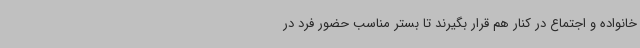
خانواده و اجتماع در کنار هم قرار بگیرند تا بستر مناسب حضور فرد در